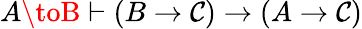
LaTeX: A\toB\vdash(B\to\mathcal{C})\to(A\to\mathcal{C})